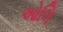
ઓલિ